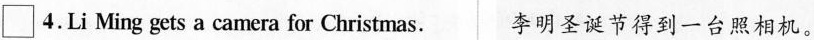
\Box 4. Li Ming gets a camera for Christmas. 李明圣诞节得到一台照相机。